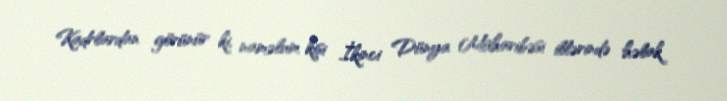
Kadrlardan görünür ki, naməlum kişi İkinci Dünya Müharibəsi illərində həlak